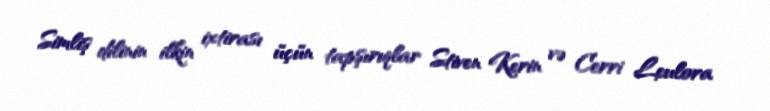
Simliş dilinin ilkin ixtirası üçün tapşırıqlar Stiven Kerin və Cerri Leulora